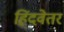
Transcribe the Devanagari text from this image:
हिंदवेतर